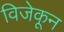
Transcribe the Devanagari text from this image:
विजेकून